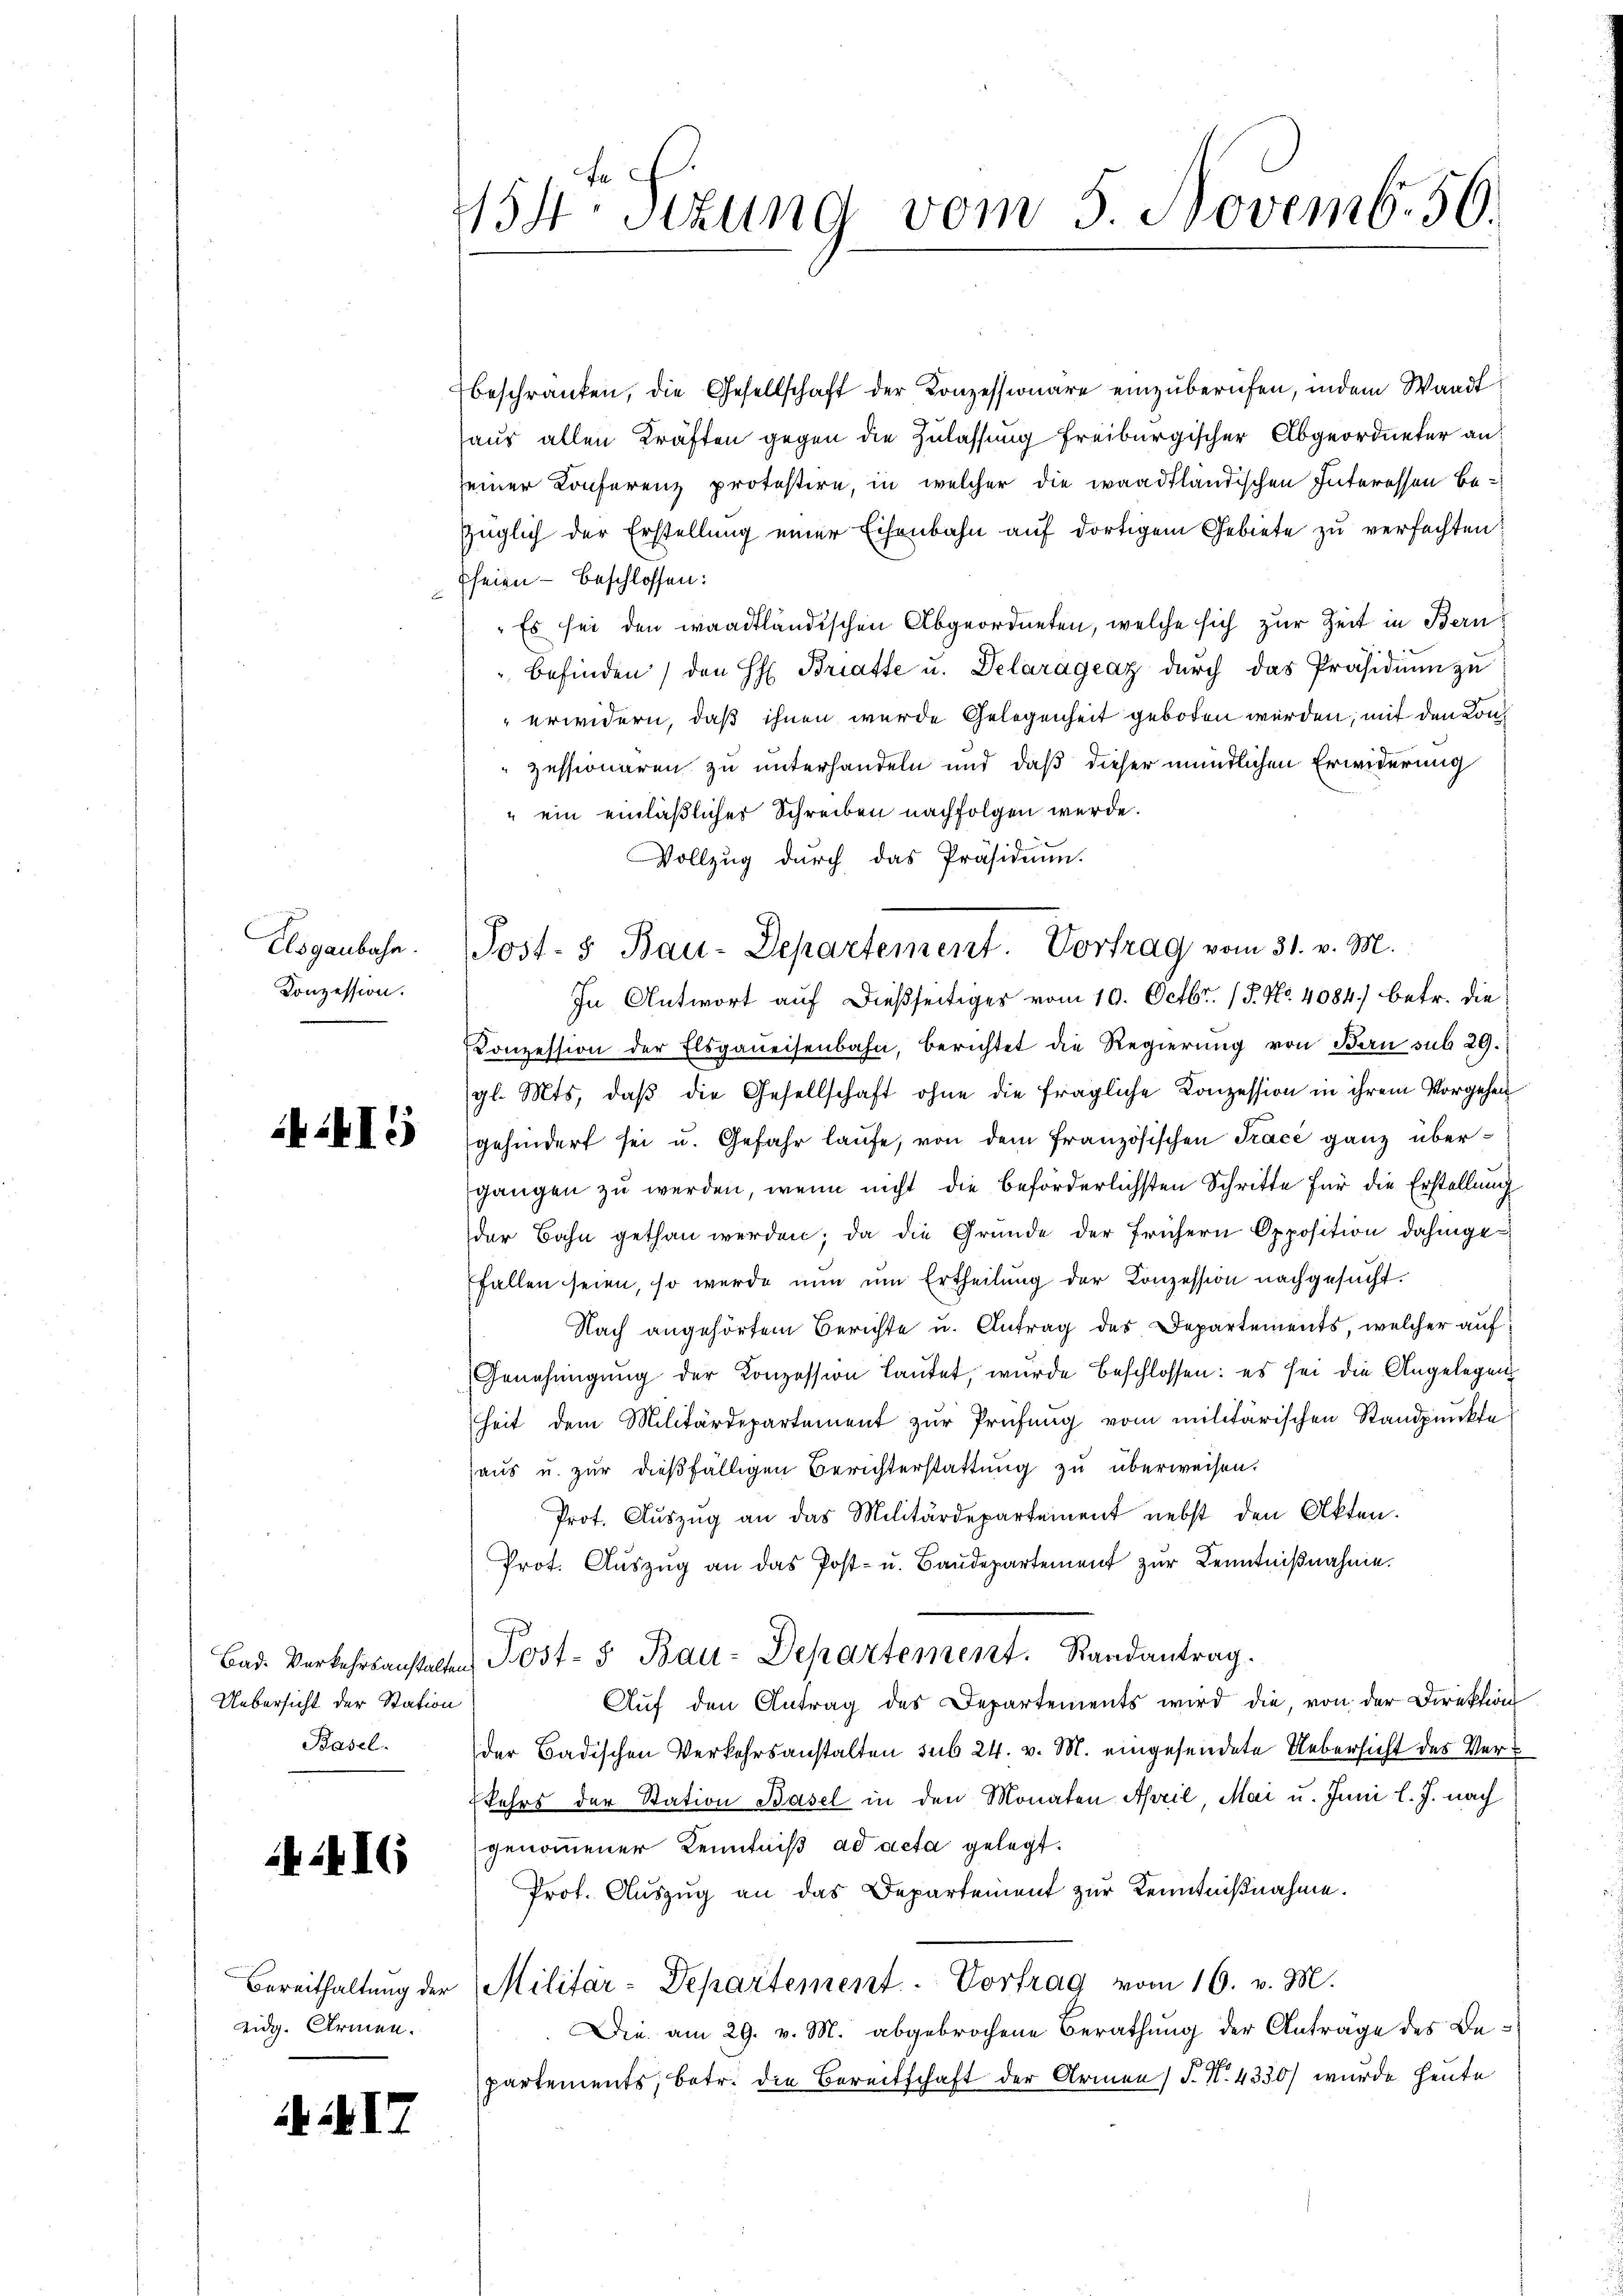
Elsgaubahn.
Konzession.

I5

Uebersicht der Station
Basel.

24 I

eidg. Armen.

i 17

154 Sizung vom 5. Novemb. 56.

beschränken, die Gesellschaft der Konzessionäre einzŭberŭfen, indem Waadt
haus allen Kräften gegen die Zulassung freiburgischer Abgeordneter anseiner Konferenz protestire, in welcher die waadtländischen Interessen bezüglich der Erstellung einer Eisenbahn auf dortigem Gebiete zu verfachten:
Efeien - beschlossen:
"Es sei den waadtländischen Abgeordneten, welche sich zur Zeit in Bern
Befinden den H: Bratte u. Delarágeaz dŭrch das Präsidium zu
erwidern, daß ihnen wurde Gelegenheit geboten werden, mit den Konzessionären zu unterhandeln und daß dieser mündlichen Erwiderung
" ein einläßlicher Schreiben nachfolgen werde.
Vollzug durch das Präsidium.
In Antwort auf dießseitiges vom 10. Octbr. 15. No. 4084.) betr. die
Konzession der Elsganeisenbahn, berichtet die Regierŭng von Bau sub 29.
gl. Mts. daβ die Gesellschaft ohne die fragliche Konzession in ihrem Vorgehen
gehindert sei u. Gefahr laufe, von dem französischen Tracé ganz übergangen zu werden, wenn nicht die beförderlichsten Schritte für die Erstellung
der Bahn gethan werden; da die Gründe der frühern Opposition dahingeffallen seien, so werde nun um Ertheilung der Konzession nachgesucht.
Nach angehörtem Berichte u. Antrag des Departements, welcher auf
Genehmigung der Konzession lautet, wurde beschlossen: es sei die Angelegenheit dem Militärdepartement zur Prüfung vom militärischen Standpunkte
haus u. zur dießfälligen Berichterstattung zu überweisen.
Prot. Aŭszŭg an das Militärdepartement nebst den Akten.
Prot. Auszug an das Post- u. Baŭdepartement zur Kenntnißnahme.
Bad. Verkehrsanstalten Post- & Bau-Departement. Randantrag.
Aŭf den Antrag des Departements wird die, von der Direktion
der Badischen Verkehrsanstalten sub 24. v. M. eingesendete Uebersicht des Verkehrs der Station Basel in den Monaten April Mai u. Juni l. J. nach
genommener Kenntniß ad acta gelegt.
Prot. Auszug an das Departement zur Kenntniβnahme.
Bereithaltŭng der Militär-Departement. - Vortrag vom 16. v. M.
Die am 29. v. M. abgebrochene Berathung der Antrage des Bepartements, betr. die Bereitschaft der Armen) S. No. 4330) wurde heute

Post- 5 Bau-Departement. Vortrag vom 31. v. M.